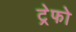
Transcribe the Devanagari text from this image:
ट्रेफो